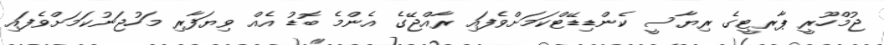
ޖުމްހޫރީ ޕާރޓީގެ ރިޔާސީ ކެންޑިޑޭޓްކަމަށްވެފައި ރާއްޖޭގެ އެންމެ ބޮޑު އެއް ވިޔަފާރި މަހުޖަނުކަމަށްވެފައި